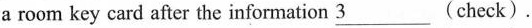
a room key card after the information \underline{3} (check).